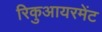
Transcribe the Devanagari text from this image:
रिकुआयरमेंट